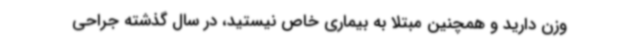
وزن دارید و همچنین مبتلا به بیماری خاص نیستید، در سال گذشته جراحی